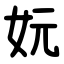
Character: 妧